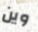
وين